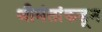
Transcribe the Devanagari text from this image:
श्रीमंतांकडून